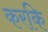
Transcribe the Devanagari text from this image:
करकि